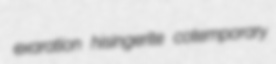
exaration hisingerite cotemporary